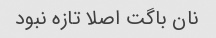
نان باگت اصلا تازه نبود